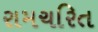
રામચરિત